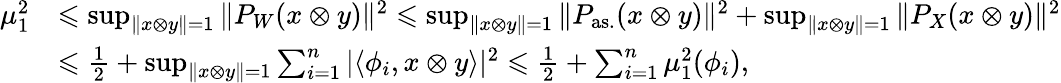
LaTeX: \begin{array}{rl}{\mu_{1}^{2}}&{\leqslant\operatorname*{sup}_{\| x\otimes y\| =1}{\| P_{W}(x\otimes y)\| ^{2}}\leqslant\operatorname*{sup}_{\| x\otimes y\| =1}{\| P_{\mathrm{as.}}(x\otimes y)\| ^{2}}+\operatorname*{sup}_{\| x\otimes y\| =1}{\| P_{X}(x\otimes y)\| ^{2}}}\\ &{\leqslant\frac{1}{2}+\operatorname*{sup}_{\| x\otimes y\| =1}{\sum_{i=1}^{n}|\langle\phi_{i},x\otimes y\rangle|^{2}}\leqslant\frac{1}{2}+\sum_{i=1}^{n}\mu_{1}^{2}(\phi_{i}),}\end{array}